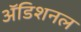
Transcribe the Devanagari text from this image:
अॅडिशनल